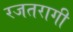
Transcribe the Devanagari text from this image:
रजतरागी